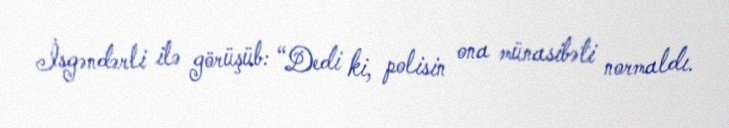
İsgəndərli ilə görüşüb: “Dedi ki, polisin ona münasibəti normaldı.